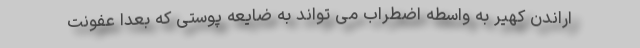
اراندن کهیر به واسطه اضطراب می تواند به ضایعه پوستی که بعدا عفونت